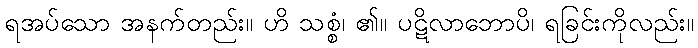
ရအပ်သော အနက်တည်း။ ဟိ သစ္စံ၊ ၏။ ပဋိလာဘောပိ၊ ရခြင်းကိုလည်း။